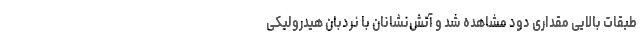
طبقات بالایی مقداری دود مشاهده شد و آتش‌نشانان با نردبان هیدرولیکی